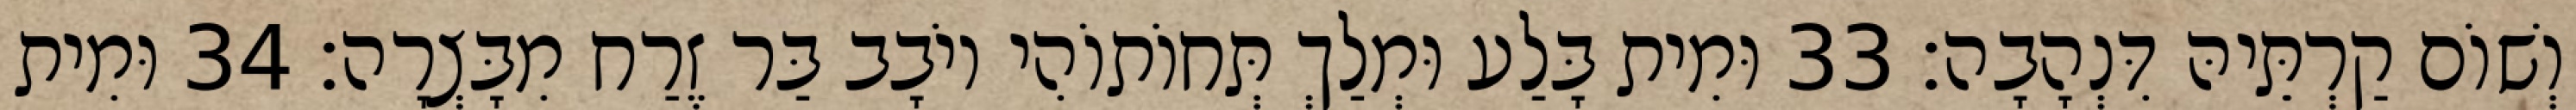
וְשׁוֹם קַרְתֵּיהּ דִּנְהָבָה׃ 33 וּמִית בָּלַע וּמְלַךְ תְּחוֹתוֹהִי יוֹבָב בַּר זֶרַח מִבָּצְרָה׃ 34 וּמִית